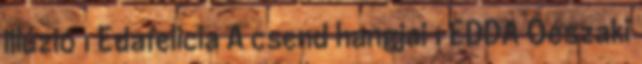
illúzió 1 Edafelicia A csend hangjai 1 EDDA Óészaki